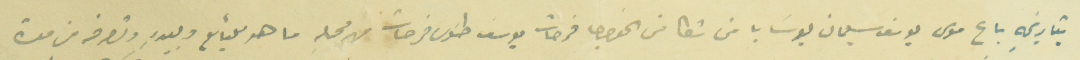
بتاريخهِ باع موسى يوسف سليمان بوسَابا من شكا من الخواجا فرحات يوسف طنوس فرحات من محلهِ ما هو للبائع وبيدهِ وتصرفه من مدة